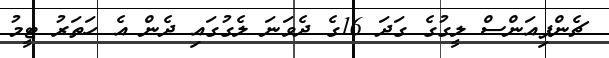
ޗެންޕިއަންސް ލީގުގެ ގަދަ 16ގެ ދެވަނަ ލެގުގައި ދެން އެ ހަތަރު ޓީމު